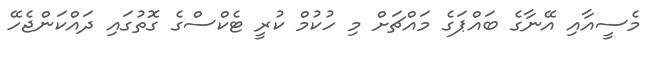
މެސީއާއި އޭނާގެ ބައްޕަގެ މައްޗަށް މި ހުކުމް ކުރީ ޓެކްްސްގެ ގޮތުގައި ދައްކަންޖެހޭ